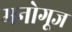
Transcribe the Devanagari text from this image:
मनोगूज